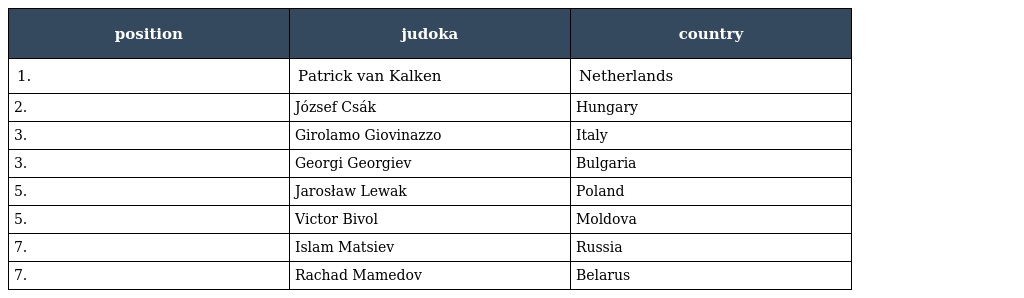
| position | judoka | country |
 | --- | --- | --- |
 | 1. | Patrick van Kalken | Netherlands |
 | 2. | József Csák | Hungary |
 | 3. | Girolamo Giovinazzo | Italy |
 | 3. | Georgi Georgiev | Bulgaria |
 | 5. | Jarosław Lewak | Poland |
 | 5. | Victor Bivol | Moldova |
 | 7. | Islam Matsiev | Russia |
 | 7. | Rachad Mamedov | Belarus |